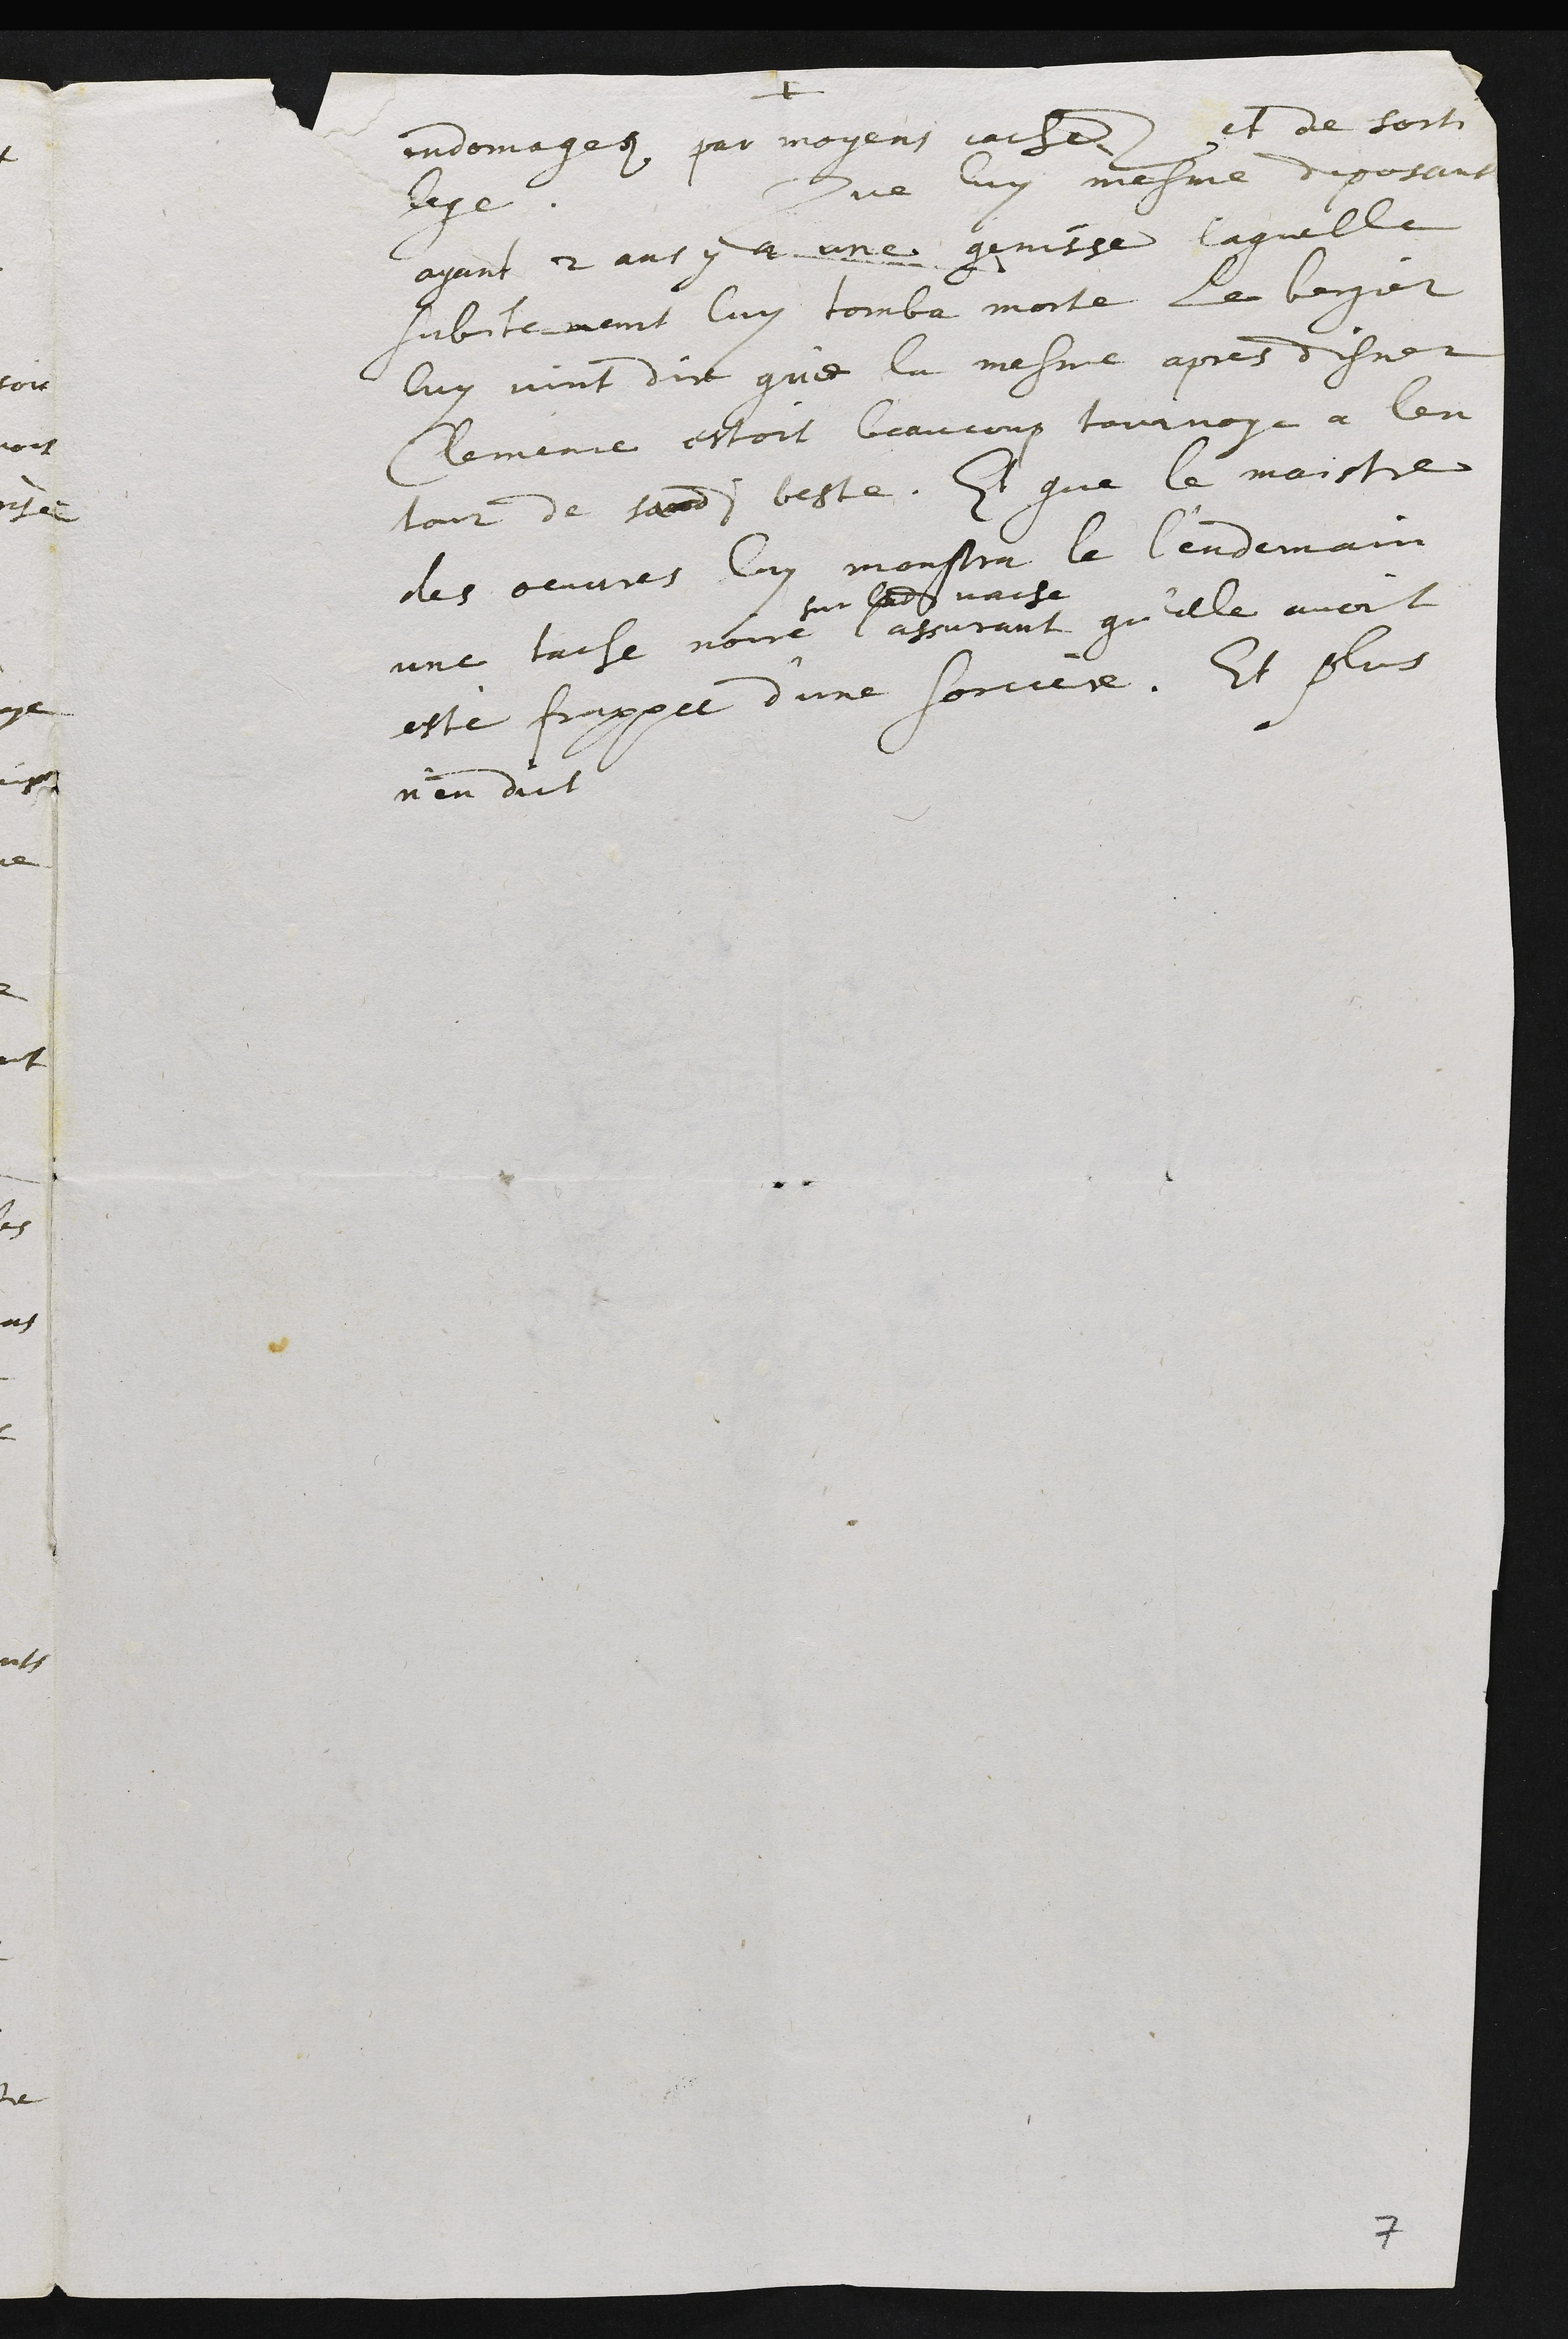
+
endomagez par moyens cachez et de sorti
lege.  Que luy mesme deposant
ayant 2 ans y a une genisse laquelle
subitement luy tomba morte Le bergier
luy vint dire que la mesme apres disner
Clemence estoit beaucoup tournoye a len
tour de sadite beste. Et que le maistre
des oeuvres luy monstra le lendemain
une tache noire
sur ladite vache
l’assurant qu’elle avoit
esté frappee d’une sorciere. Et plus
n’en dit.